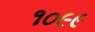
૧૦૯૯